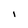
Character: I